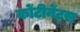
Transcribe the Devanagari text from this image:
कोंटीनेंट्स